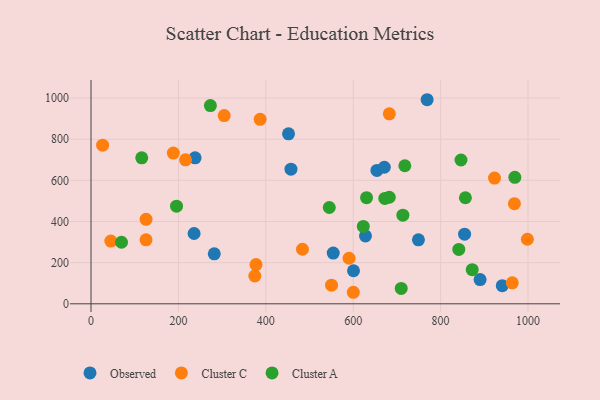
{"axis": {"x": "Investment", "y": "Yield"}, "legend": ["Cluster A", "Cluster C", "Observed"], "data": [{"x": "554.3", "y": 246.7, "type": "Observed"}, {"x": "457.6", "y": 654.5, "type": "Observed"}, {"x": "854.9", "y": 338.4, "type": "Observed"}, {"x": "654.3", "y": 648.4, "type": "Observed"}, {"x": "282.1", "y": 243.0, "type": "Observed"}, {"x": "890.4", "y": 117.5, "type": "Observed"}, {"x": "671.2", "y": 663.7, "type": "Observed"}, {"x": "238.2", "y": 709.6, "type": "Observed"}, {"x": "452.0", "y": 826.3, "type": "Observed"}, {"x": "769.2", "y": 991.8, "type": "Observed"}, {"x": "941.2", "y": 88.0, "type": "Observed"}, {"x": "235.9", "y": 341.7, "type": "Observed"}, {"x": "749.3", "y": 311.0, "type": "Observed"}, {"x": "628.1", "y": 329.9, "type": "Observed"}, {"x": "600.7", "y": 160.6, "type": "Observed"}, {"x": "550.4", "y": 90.6, "type": "Cluster C"}, {"x": "377.6", "y": 190.5, "type": "Cluster C"}, {"x": "923.4", "y": 610.9, "type": "Cluster C"}, {"x": "483.9", "y": 265.1, "type": "Cluster C"}, {"x": "374.9", "y": 135.1, "type": "Cluster C"}, {"x": "682.7", "y": 923.4, "type": "Cluster C"}, {"x": "998.6", "y": 313.7, "type": "Cluster C"}, {"x": "387.1", "y": 896.6, "type": "Cluster C"}, {"x": "126.0", "y": 410.3, "type": "Cluster C"}, {"x": "26.6", "y": 771.0, "type": "Cluster C"}, {"x": "968.9", "y": 486.8, "type": "Cluster C"}, {"x": "45.4", "y": 305.0, "type": "Cluster C"}, {"x": "590.5", "y": 221.3, "type": "Cluster C"}, {"x": "216.3", "y": 699.7, "type": "Cluster C"}, {"x": "304.8", "y": 914.7, "type": "Cluster C"}, {"x": "964.0", "y": 101.8, "type": "Cluster C"}, {"x": "188.4", "y": 732.4, "type": "Cluster C"}, {"x": "125.9", "y": 311.1, "type": "Cluster C"}, {"x": "600.3", "y": 56.0, "type": "Cluster C"}, {"x": "846.7", "y": 698.9, "type": "Cluster A"}, {"x": "718.2", "y": 670.9, "type": "Cluster A"}, {"x": "709.9", "y": 74.8, "type": "Cluster A"}, {"x": "116.1", "y": 709.6, "type": "Cluster A"}, {"x": "969.9", "y": 614.6, "type": "Cluster A"}, {"x": "713.7", "y": 430.6, "type": "Cluster A"}, {"x": "623.1", "y": 376.1, "type": "Cluster A"}, {"x": "273.2", "y": 963.5, "type": "Cluster A"}, {"x": "672.3", "y": 511.9, "type": "Cluster A"}, {"x": "545.3", "y": 468.1, "type": "Cluster A"}, {"x": "630.6", "y": 515.9, "type": "Cluster A"}, {"x": "841.7", "y": 264.2, "type": "Cluster A"}, {"x": "682.6", "y": 517.8, "type": "Cluster A"}, {"x": "195.7", "y": 474.6, "type": "Cluster A"}, {"x": "856.8", "y": 515.3, "type": "Cluster A"}, {"x": "872.4", "y": 165.7, "type": "Cluster A"}, {"x": "69.8", "y": 299.1, "type": "Cluster A"}]}